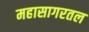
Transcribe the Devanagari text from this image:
महासागरतल